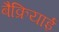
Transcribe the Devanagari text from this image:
बैक्रियाई